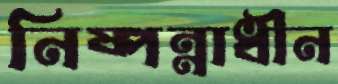
নিষ্পন্নাধীন